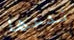
ندعها